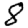
Digit: 8